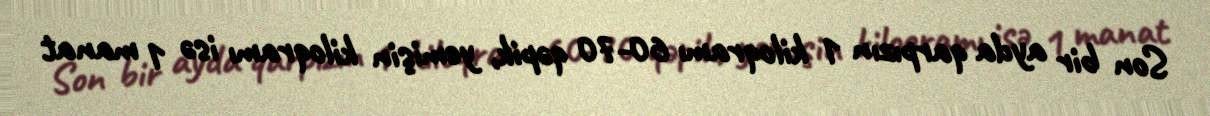
Son bir ayda qarpızın 1 kiloqramı 60-70 qəpik, yemişin kiloqramı isə 1 manat